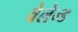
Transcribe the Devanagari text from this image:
वेलेन्ड